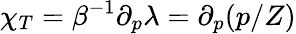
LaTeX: \chi_{T}=\beta^{-1}\partial_{p}\lambda=\partial_{p}(p/Z)